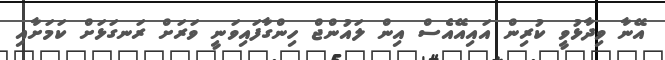
އޭނާ ވިދާޅުވީ ކުރިން އައިއޭއެސް އިން ލައުންޖް ހިންގާފައިވަނީ ވަރަށް ރަނގަޅަށް ކަމަށާއި